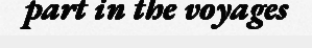
part in the voyages